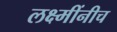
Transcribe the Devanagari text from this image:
लक्ष्मींनीच